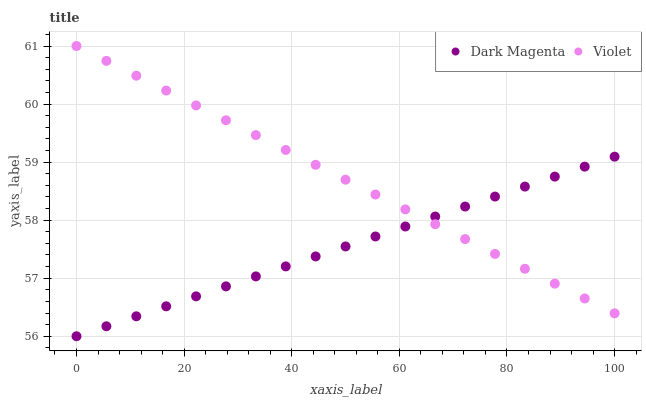
| xaxis_label | Dark Magenta | Violet |
 | --- | --- | --- |
 | 0 | 56 | 61 |
 | 5.56 | 56.2 | 60.7 |
 | 11.1 | 56.3 | 60.5 |
 | 16.7 | 56.5 | 60.2 |
 | 22.2 | 56.7 | 60 |
 | 27.8 | 56.9 | 59.7 |
 | 33.3 | 57 | 59.5 |
 | 38.9 | 57.2 | 59.2 |
 | 44.4 | 57.4 | 59 |
 | 50 | 57.5 | 58.7 |
 | 55.6 | 57.7 | 58.4 |
 | 61.1 | 57.9 | 58.2 |
 | 66.7 | 58.1 | 57.9 |
 | 72.2 | 58.2 | 57.7 |
 | 77.8 | 58.4 | 57.4 |
 | 83.3 | 58.6 | 57.2 |
 | 88.9 | 58.8 | 56.9 |
 | 94.4 | 58.9 | 56.7 |
 | 100 | 59.1 | 56.4 |